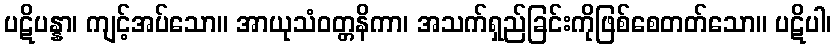
ပဋိပန္နာ၊ ကျင့်အပ်သော။ အာယုသံဝတ္တနိကာ၊ အသက်ရှည်ခြင်းကိုဖြစ်စေတတ်သော။ ပဋိပါ၊